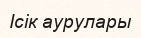
Ісік аурулары